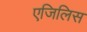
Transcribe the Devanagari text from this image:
एजिलिस